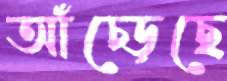
আঁচ্‌ড়েছে